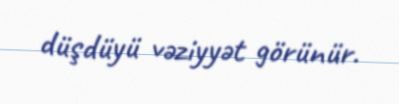
düşdüyü vəziyyət görünür.